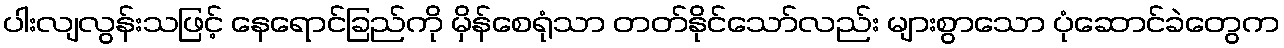
ပါးလျလွန်းသဖြင့် နေရောင်ခြည်ကို မှိန်စေရုံသာ တတ်နိုင်သော်လည်း များစွာသော ပုံဆောင်ခဲတွေက